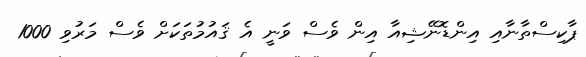
ޕާކިސްތާނާއި އިންޑޮނޭޝިއާ އިން ވެސް ވަނީ އެ ޤައުމުތަކަށް ވެސް މަރުވި 1000